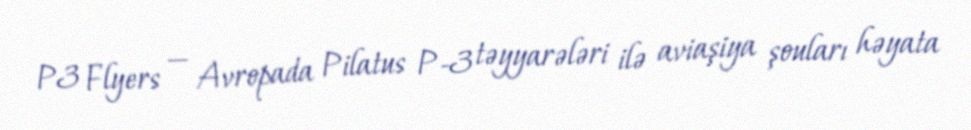
P3 Flyers — Avropada Pilatus P-3 təyyarələri ilə aviaşiya şouları həyata